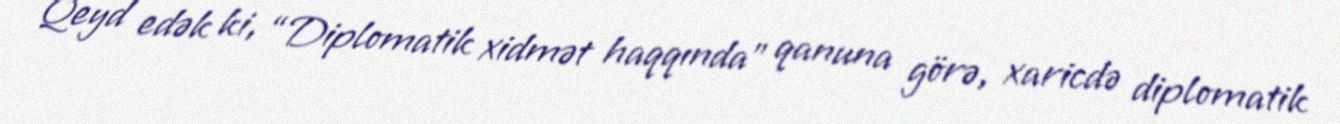
Qeyd edək ki, “Diplomatik xidmət haqqında” qanuna görə, xaricdə diplomatik